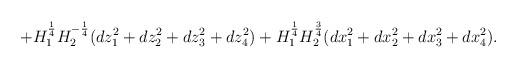
LaTeX: \begin{align*}+ H_{1}^{\frac{1}{4}}H_{2}^{-\frac{1}{4}} (dz_{1}^{2}+dz_{2}^{2}+dz_{3}^{2}+dz_{4}^{2})+ H_{1}^{\frac{1}{4}}H_{2}^{\frac{3}{4}} (dx_{1}^{2}+dx_{2}^{2}+dx_{3}^{2}+dx_{4}^{2}). \end{align*}